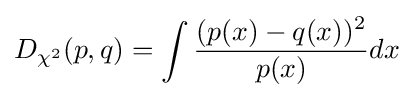
D_{\chi ^{2}}(p,q)=\int {\frac {(p(x)-q(x))^{2}}{p(x)}}dx